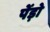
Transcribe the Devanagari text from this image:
पेंड़ो